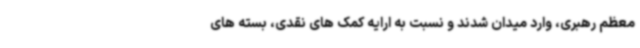
معظم رهبری، وارد میدان شدند و نسبت به ارایه کمک های نقدی، بسته های